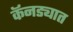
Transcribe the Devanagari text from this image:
कॅनड्यात